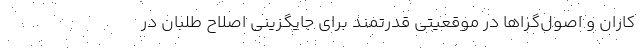
کاران و اصول‌گراها در موقعیتی قدرتمند برای جایگزینی اصلاح طلبان در